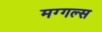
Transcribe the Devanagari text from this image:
मग्गल्स